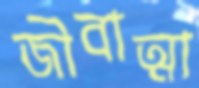
জীবাত্মা